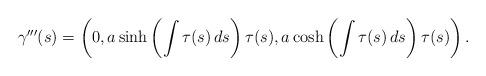
LaTeX: \begin{align*}\gamma ^{\prime \prime \prime }(s)=\left( 0,a\sinh \left( \int \tau (s)\,ds\right) \tau (s),a\cosh \left( \int\tau (s)\,ds\right) \tau (s)\right).\end{align*}